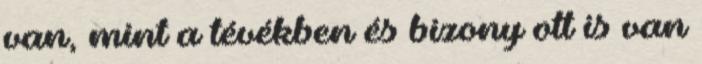
van, mint a tévékben és bizony ott is van